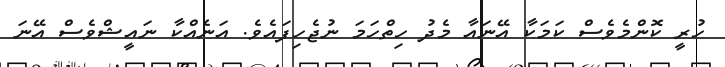
ހުރީ ކޮންމެވެސް ކަމަކާ އޭނައާ މެދު ހިތްހަމަ ނުޖެހިފައެވެ. އަނެއްކާ ނައީޝްވެސް އޭނަ